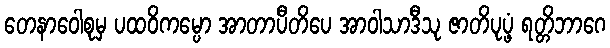
တေနာဝေါစုမှ ပထဝိကမ္ပော အာတာပီတိပေ အာဝါသာဒီသု ဇာတိပုပ္ဖံ ရတ္တိဘာဂေ